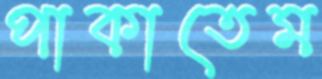
পাকাতেম